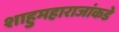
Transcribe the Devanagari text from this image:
शाहुमहाराजांकडे